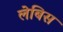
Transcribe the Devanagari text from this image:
लेबिस